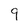
Character: 9